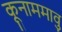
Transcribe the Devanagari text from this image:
कूनाममावु